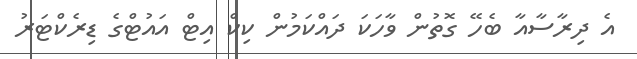
އެ ދިރާސާއާ ބެހޭ ގޮތުން ވާހަކަ ދައްކަމުން ކިކް އިޓް އައުޓްގެ ޑިރެކްޓަރު